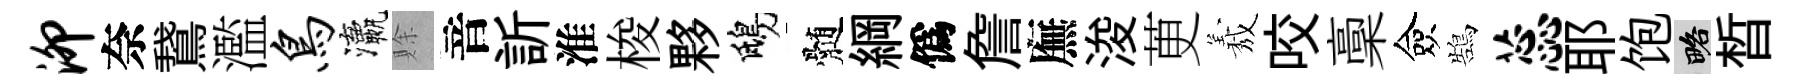
泖奈鵞濫鸟瀛賖音訢淮梭夥鴟髄綱僞詹廡浚茰𦏁咬稾僉鵠蕊耶饱略晳